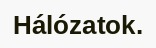
Hálózatok.